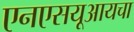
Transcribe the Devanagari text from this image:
एनएसयूआयचा